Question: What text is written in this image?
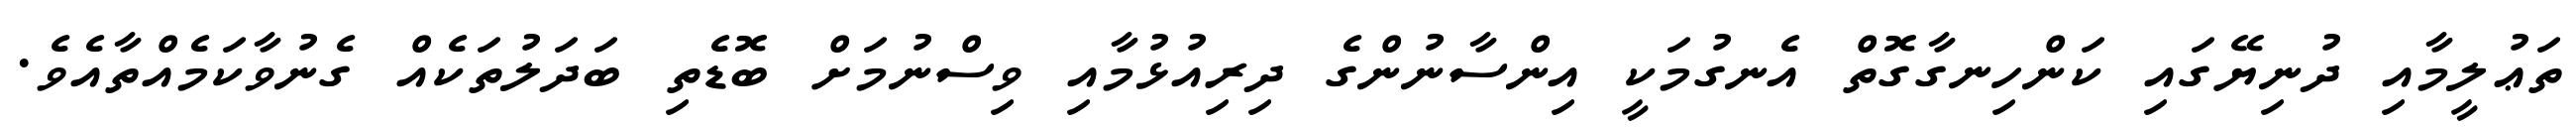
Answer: ތަޢުލީމާއި ދުނިޔޭގައި ކަންހިނގާގޮތް އެނގުމަކީ އިންސާނުންގެ ދިރިއުޅުމާއި ވިސްނުމަށް ބޮޑެތި ބަދަލުތަކެއް ގެނުވާކަމެއްތާއެވެ.